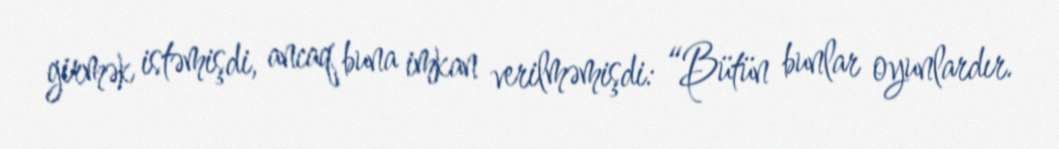
girmək istəmişdi, ancaq buna imkan verilməmişdi: “Bütün bunlar oyunlardır.